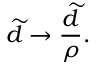
\widetilde { d } \rightarrow \frac { \widetilde { d } } { \rho } .